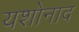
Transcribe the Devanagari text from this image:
यशोनाद